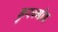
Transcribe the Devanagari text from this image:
कुरुन्गोड